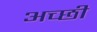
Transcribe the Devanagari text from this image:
अच्छी